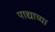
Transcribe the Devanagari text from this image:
पाद्याच्या